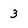
Character: 3